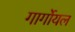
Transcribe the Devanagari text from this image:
गार्गोयल